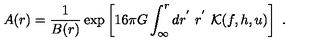
A ( r ) = \frac 1 { B ( r ) } \exp \left[ 1 6 \pi G \int _ { \infty } ^ { r } d r ^ { ' } \ r ^ { ' } \ { \cal K } ( f , h , u ) \right] \ .